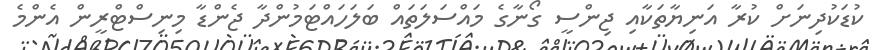
ކުޑަކުދިނަށް ކުރާ އަނިޔާތަކާއި ޖިންސީ ގޯނާގެ މައްސަލަތައް ބަލަހައްޓަމުންދާ ޖެންޑާ މިނިސްޓްރީން އެންމެ